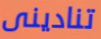
تنادينى